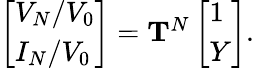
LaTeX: \begin{array}{r}{\left[\begin{array}{l}{V_{N}/V_{0}}\\ {I_{N}/V_{0}}\end{array}\right]=\mathbf{T}^{N}\left[\begin{array}{l}{1}\\ {Y}\end{array}\right].}\end{array}